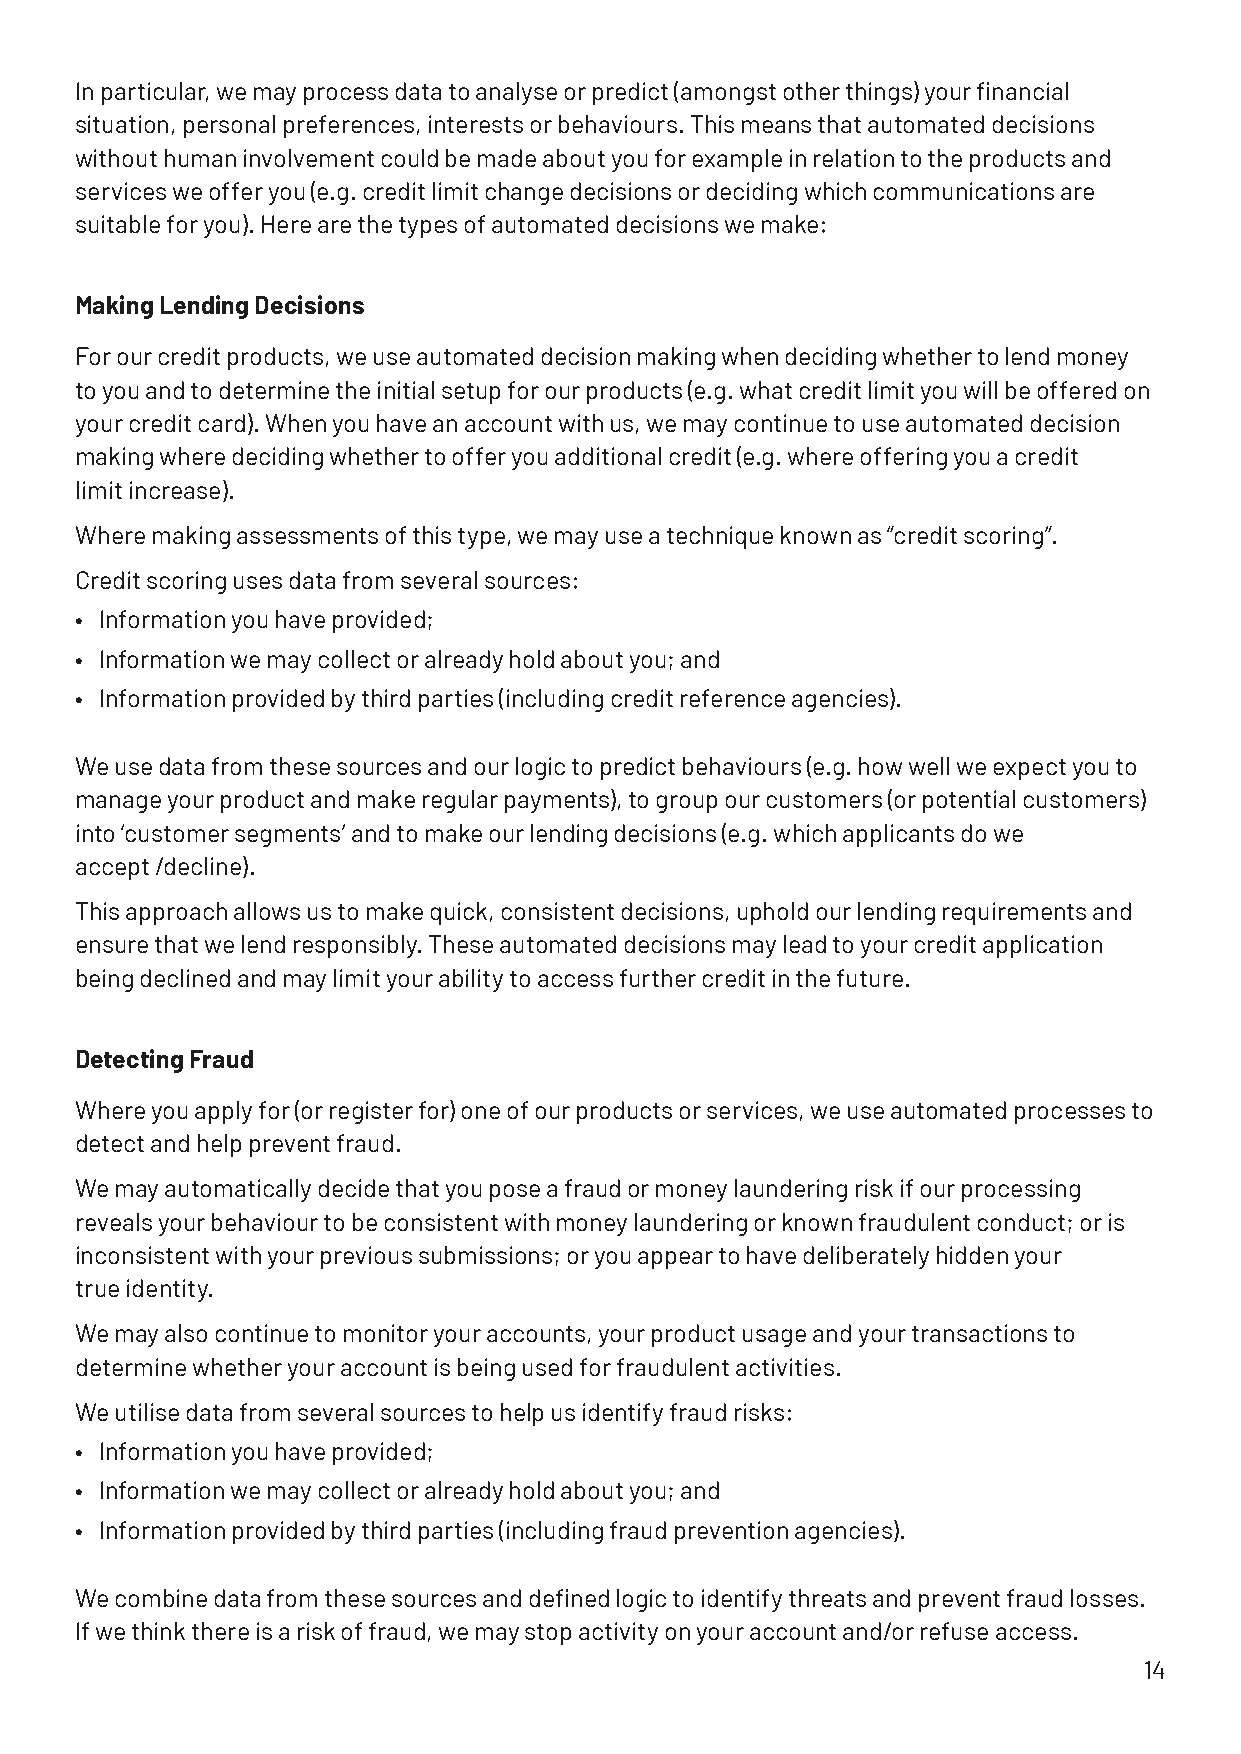
In particular, we may process data to analyse or predict (amongst other things) your financial
 situation, personal preferences, interests or behaviours. This means that automated decisions
 without human involvement could be made about you for example in relation to the products and
 services we offer you (e.g. credit limit change decisions or deciding which communications are
 suitable for you). Here are the types of automated decisions we make:
 Making Lending Decisions
 For our credit products, we use automated decision making when deciding whether to lend money
 to you and to determine the initial setup for our products (e.g. what credit limit you will be offered on
 your credit card). When you have an account with us, we may continue to use automated decision
 making where deciding whether to offer you additional credit (e.g. where offering you a credit
 limit increase).
 Where making assessments of this type, we may use a technique known as “credit scoring”.
 Credit scoring uses data from several sources:
 • Information you have provided;
 • Information we may collect or already hold about you; and
 • Information provided by third parties (including credit reference agencies).
 We use data from these sources and our logic to predict behaviours (e.g. how well we expect you to
 manage your product and make regular payments), to group our customers (or potential customers)
 into ‘customer segments’ and to make our lending decisions (e.g. which applicants do we
 accept /decline).
 This approach allows us to make quick, consistent decisions, uphold our lending requirements and
 ensure that we lend responsibly. These automated decisions may lead to your credit application
 being declined and may limit your ability to access further credit in the future.
 Detecting Fraud
 Where you apply for (or register for) one of our products or services, we use automated processes to
 detect and help prevent fraud.
 We may automatically decide that you pose a fraud or money laundering risk if our processing
 reveals your behaviour to be consistent with money laundering or known fraudulent conduct; or is
 inconsistent with your previous submissions; or you appear to have deliberately hidden your
 true identity.
 We may also continue to monitor your accounts, your product usage and your transactions to
 determine whether your account is being used for fraudulent activities.
 We utilise data from several sources to help us identify fraud risks:
 • Information you have provided;
 • Information we may collect or already hold about you; and
 • Information provided by third parties (including fraud prevention agencies).
 We combine data from these sources and defined logic to identify threats and prevent fraud losses.
 If we think there is a risk of fraud, we may stop activity on your account and/or refuse access.
 14